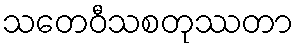
သတေဝီသစတုဿတာ